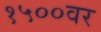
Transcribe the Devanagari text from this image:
१५००वर